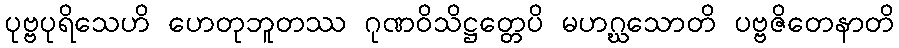
ပုဗ္ဗပုရိသေဟိ ဟေတုဘူတဿ ဂုဏဝိသိဋ္ဌတ္တေပိ မဟဂ္ဃသောတိ ပဗ္ဗဇိတေနာတိ